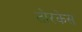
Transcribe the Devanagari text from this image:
तोरकेस